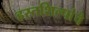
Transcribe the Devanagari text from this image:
हस्तशिल्पांचे